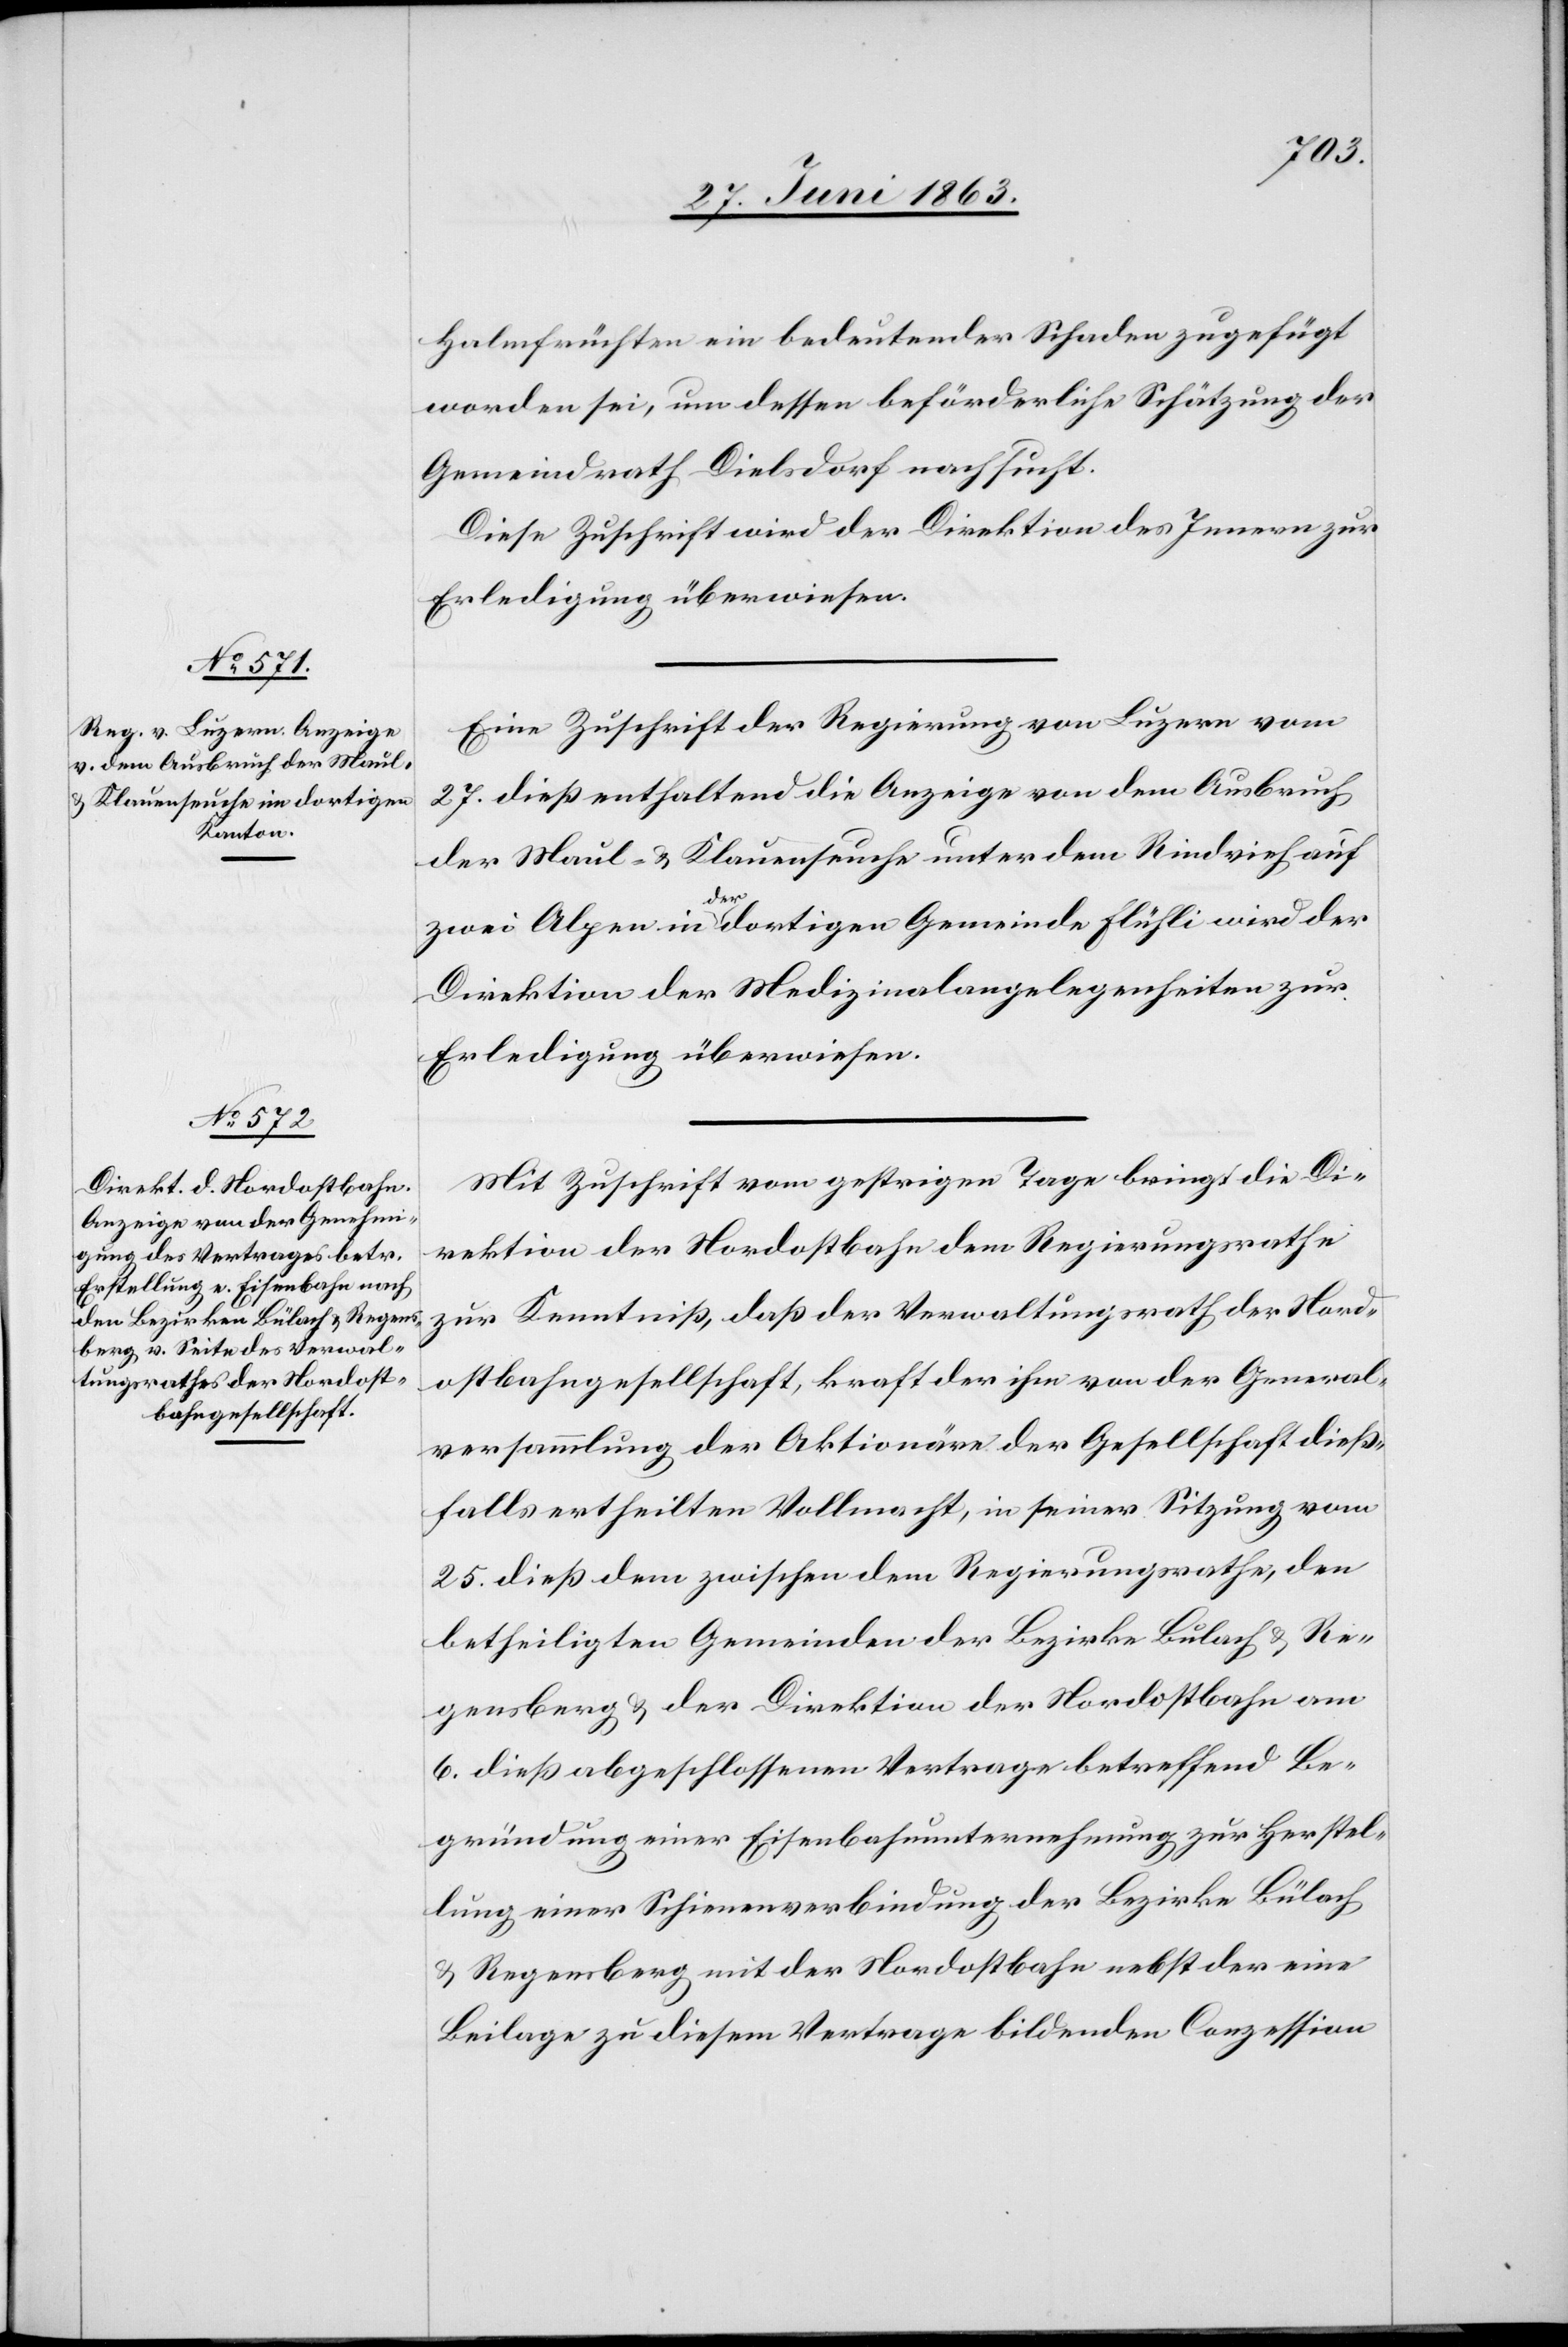
30. Juni 1863.]
Halmfrüchten ein bedeutender Schaden zugefügt
worden sei, um dessen beförderliche Schätzung der
Gemeindrath Dielsdorf nachsucht.
Diese Zuschrift wird der Direktion des Innern zur
Erledigung überwiesen.
Eine Zuschrift der Regierung von Luzern vom
27. dieß enthaltend die Anzeige von dem Ausbruch
der Maul- & Klauenseuche unter dem Rindvieh auf
den
zwei Alpen in der dortigen Gemeinde Flühli wird der
Direktion der Medizinalangelegenheiten zur
Erledigung überwiesen.
Mit Zuschrift vom gestrigen Tage bringt die Di¬
rektion der Nordostbahn dem Regierungsrathe
zur Kenntniß, daß der Verwaltungsrath der Nord¬
ostbahngesellschaft, kraft der ihm von der General¬
versammlung der Aktionäre der Gesellschaft dieß¬
falls ertheilten Vollmacht, in seiner Sitzung vom
25. dieß dem zwischen dem Regierungsrathe, den
betheiligten Gemeinden der Bezirke Bulach [sic!]
Regensberg & der Direktion der Nordostbahn am
6. dieß abgeschlossenen Vertrage betreffend Be¬
gründung einer Eisenbahnunternehmung zur Herstel¬
lung einer Schienenverbindung der Bezirke Bülach
& Regensberg mit der Nordostbahn nebst der eine
Beilage zu diesem Vertrage bildenden Conzession